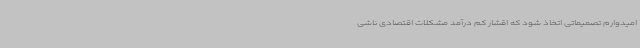
امیدوارم تصمیماتی اتخاذ شود که اقشار کم درآمد مشکلات اقتصادی ناشی